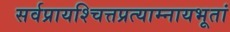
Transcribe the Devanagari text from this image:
सर्वप्रायश्चित्तप्रत्याम्नायभूतां